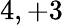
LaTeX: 4,+3